Calcutta medical institutions reports 1892-1900
Year: 1892
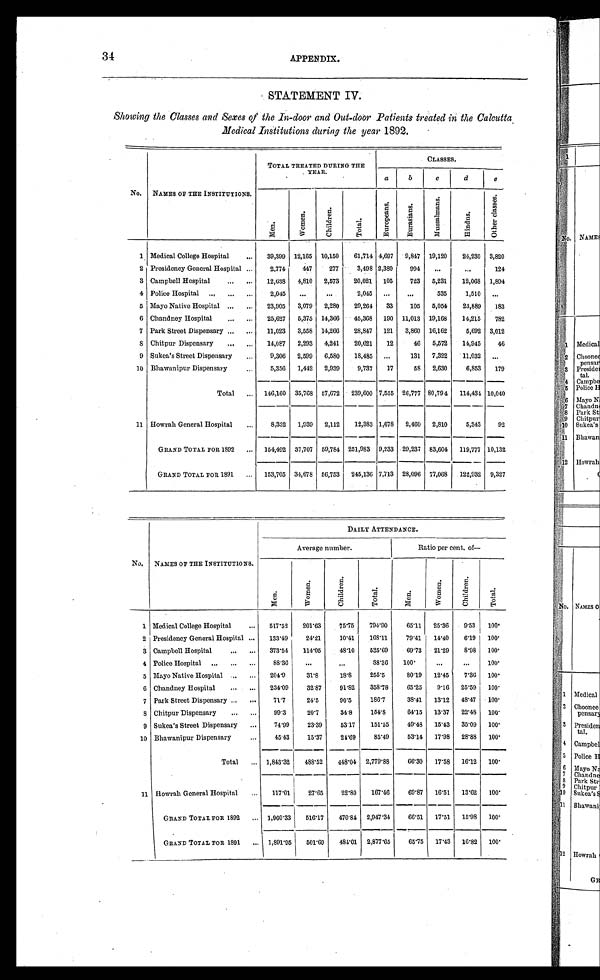
34 APPENDIX.
STATEMENT IV.
Showing the Classes and Sexes of the In-door and Out-door Patients treated in the Calcutta.
Medical Institutions during the year 1892.
TOTAL TREATED DURING THE
. YEAR.
CLASSES.
a b
c
d e
No. NAMES OF THE INSTITUTIONS.
M e n .
W o m e n .
C h i l d r e n .
T o t a l .
E u r o p e a n s .
E u r a s i a n s .
M u s s a l m a n s .
H i n d u s .
O t h e r c l a s s e s .
1 Medical College Hospital. 39,399 12,165 10,150 61,714 4,697 9,847 19,120 24,230 3,820
2 Presidency General Hospital
2,774 447 277 3,498 2,380 994
124
3 Campbell Hospital
12,638 4,810 2,573 20,021 105 723 5,231 12,068 1,894
4 Police Hospital 2,045
2,045
535 1,510
5 Mayo Native Hospital
23,905 3,079 2,280 29,264 33 105 5,054 23,889 183
6 Chandney Hospital
25,627 5,375 14,366 45,368 190 11,,013 19,168 14,215 782
7 Park Street Dispensary
11,023 3,558 14,266 28,847 121 3,860 16,162 5,692 3,012
8 Chitpur Dispensary
14,087 2,293 4,241 20,621 12 46 5,572 14,945 46
9 Sukea' s Street Dispensary
9,306 2,599 6,580 18,485
131 7,322 11,032
10 Bhawanipur Dispensary
5,356 1,442 2,939 9,737 17 58 2,630 6,853 179
Total
1 4 6 , 1 6 6 0
35,768 57,672 239,600 7,555 26,777 80,794
1 1 4 , 4 3 4
10,040
11 Howrah General Hospital
8,332 1,939 2,112 12,383 1,678 2,460 2,810
5 , 3 4 3
92
GRAND TOTAL FOR1 8 9 2 154,492 37,707 59,784 251,983 9,233 29,237 83,604 119,777 10,132
GRAND TOTAL FOR 1891
1 5 3 , 7 0 5
34,678 56,753 245,136 7,713 28,096 77,068 122,932 9,327
No, NAMES OF THE INSTITUTIONS.
M e n .
DAILY ATTENDANCE.
Average number.
Ratio per cent,
o f —
W o m e n .
C h i l d r e n .
T o t a l .
M e n .
.
, - - ,
W o m e n .
C h i l d r e n .
T o t a l .
1 Medical College Hospital
517.52 201. 63
75.75 794.90 65.11 25.36 9.53 100.
2 Presidency General Hospital
133.49 24.21 10.41 168.11 79.41 14.40 6.19 100.
3 Campbell Hospital
373.54 114. 05
48.10 535.69 69.73 21.29 8.98 100.
4 Police Hospital
88.36
88.36 100.
100.
5 Mayo Native Hospital
204.9 31.8 18.8 255.5 80.19 12.45 7.36 100.
6 Chandney Hospital
234.09 32.87 91.82 358.78 65.25 9.16 25.59 100.
7 Park Street Dispensary
71.7 24.5 90.5 186.7 38.41 13.12 48.47 100.
8 Chitpur Dispensary
99.3 20.7 34.8 154.8 64.15 13.37 22.48 100.
9 Sukea's Street Dispensary
74.99 23.39 53.17 151.55 49.48 15.43 35.09 100.
10 Bhawanipur Dispensary
45.43 15.37 24.69 85.49 53.14 17.98 28.88 100.
Total
1,843' 32 488.52
4 4 8 . 0 4
2,779.88 66.30 17.58 16.12 100.
11 Howrah General Hospital
117.01
2 7 . 6 5
22.80
1 6 7 . 4 6
69.87 16.51 13.62 100.
GRAND TOTAL FOR 1892
1,960.33 516.17 470.84 2,947.34 66.51 17.51 15.98 100.
GRAND TOTAL FOR 1891
1,891.95 501.69 484.01 2,877.65 65.75 17.43 16.82 100.